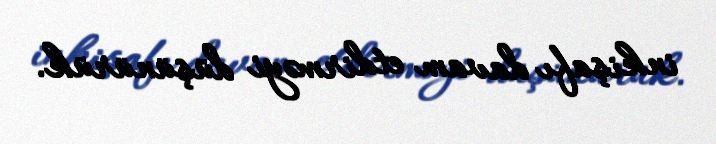
inkişafı davam etdirməyi düşünürük.